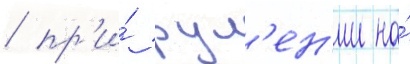
/ пр'и́ рул'ен'ии на́